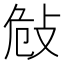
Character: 𢼨